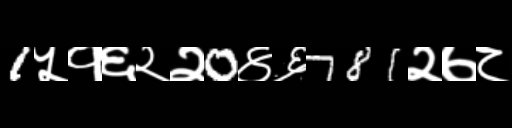
Text: 1५१६२२0४६781२७८